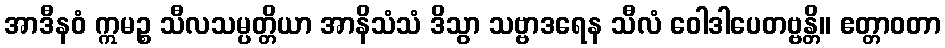
အာဒီနဝံ ဣမဉ္စ သီလသမ္ပတ္တိယာ အာနိသံသံ ဒိသွာ သဗ္ဗာဒရေန သီလံ ဝေါဒါပေတဗ္ဗန္တိ။ ဧတ္တာဝတာ